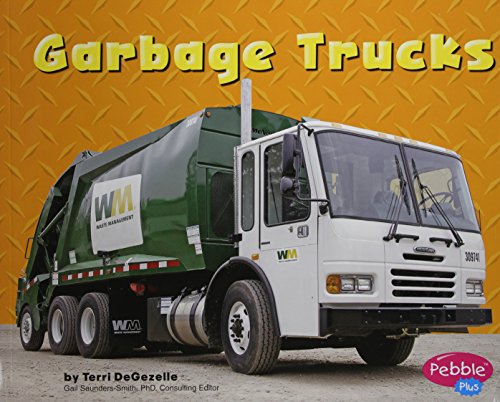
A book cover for Garbage Trucks (Mighty Machines); Terri DeGezelle; Children's Books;